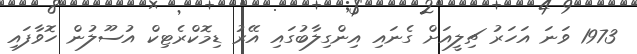
1973 ވަނަ އަހަރު ޗިލީއަށް ގެނައި އިންގިލާބުގައި އޭރު ޑިމޮކްރެޓިކް އުސޫލުން ހޮވާފައި